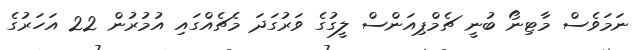
ނަމަވެސް މާޓިނޯ ބުނީ ޗެމްޕިއަންސް ލީގުގެ ވަރުގަދަ މެޗެއްގައި އުމުރުން 22 އަހަރުގެ